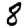
Digit: 8